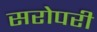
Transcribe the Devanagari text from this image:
सरोपरी